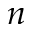
n